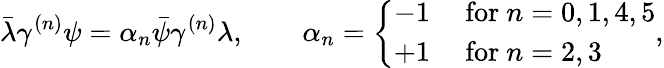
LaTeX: \bar{\lambda}\gamma^{(n)}\psi=\alpha_{n}\bar{\psi}\gamma^{(n)}\lambda,\qquad\alpha_{n}=\left\{ \begin{array}{ll}{{-1}}&{{\mathrm{~for~}n=0,1,4,5}}\\ {{+1}}&{{\mathrm{~for~}n=2,3}}\end{array}\right.,